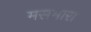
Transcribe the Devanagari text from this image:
मसमारा